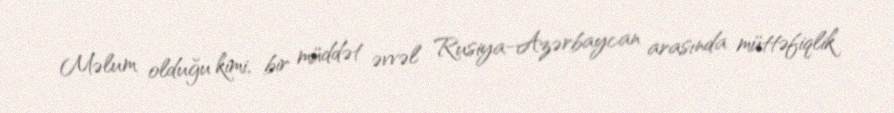
Məlum olduğu kimi, bir müddət əvvəl Rusiya-Azərbaycan arasında müttəfiqlik